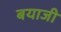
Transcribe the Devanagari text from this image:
बयाजी